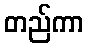
တည်ကာ